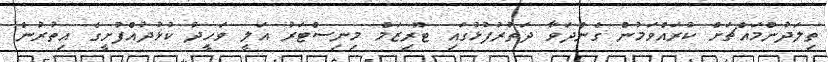
ތިލަދުންމައްޗަށް ކުރައްވަމުން ގެންދަވާ ދަތުރުފުޅުގައި ޓޫރިޒަމް މިނިސްޓަރު އަލީ ވަހީދު ކުޅުދުއްފުށީގެ އިތުރުން